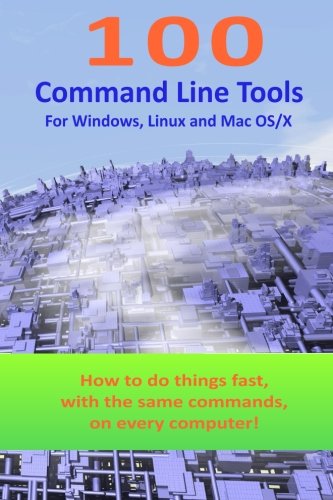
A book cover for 100 Command Line Tools For Windows, Linux and Mac OS/X: How to do things fast, with the same commands, on every computer; Juergen Thumm; Computers & Technology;